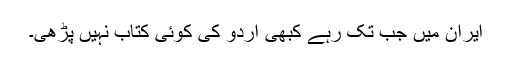
ایران میں جب تک رہے کبھی اردو کی کوئی کتاب نہیں پڑھی۔